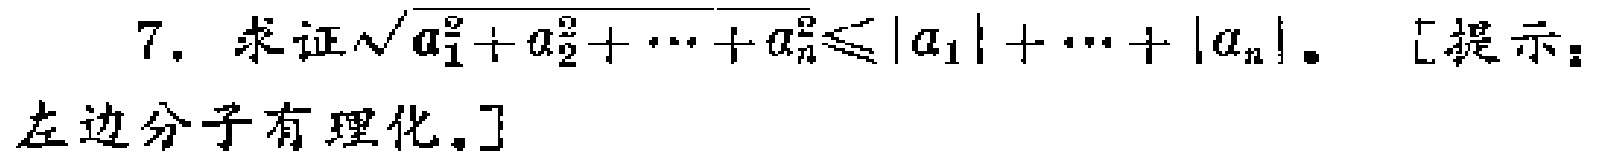
7. 求证$\sqrt{a_{1}^{2}+a_{2}^{2}+\cdots +a_{n}^{2}}\leqslant|a_{1}|+\cdots +|a_{n}|$。[提示：左边分子有理化。]